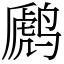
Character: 䴘